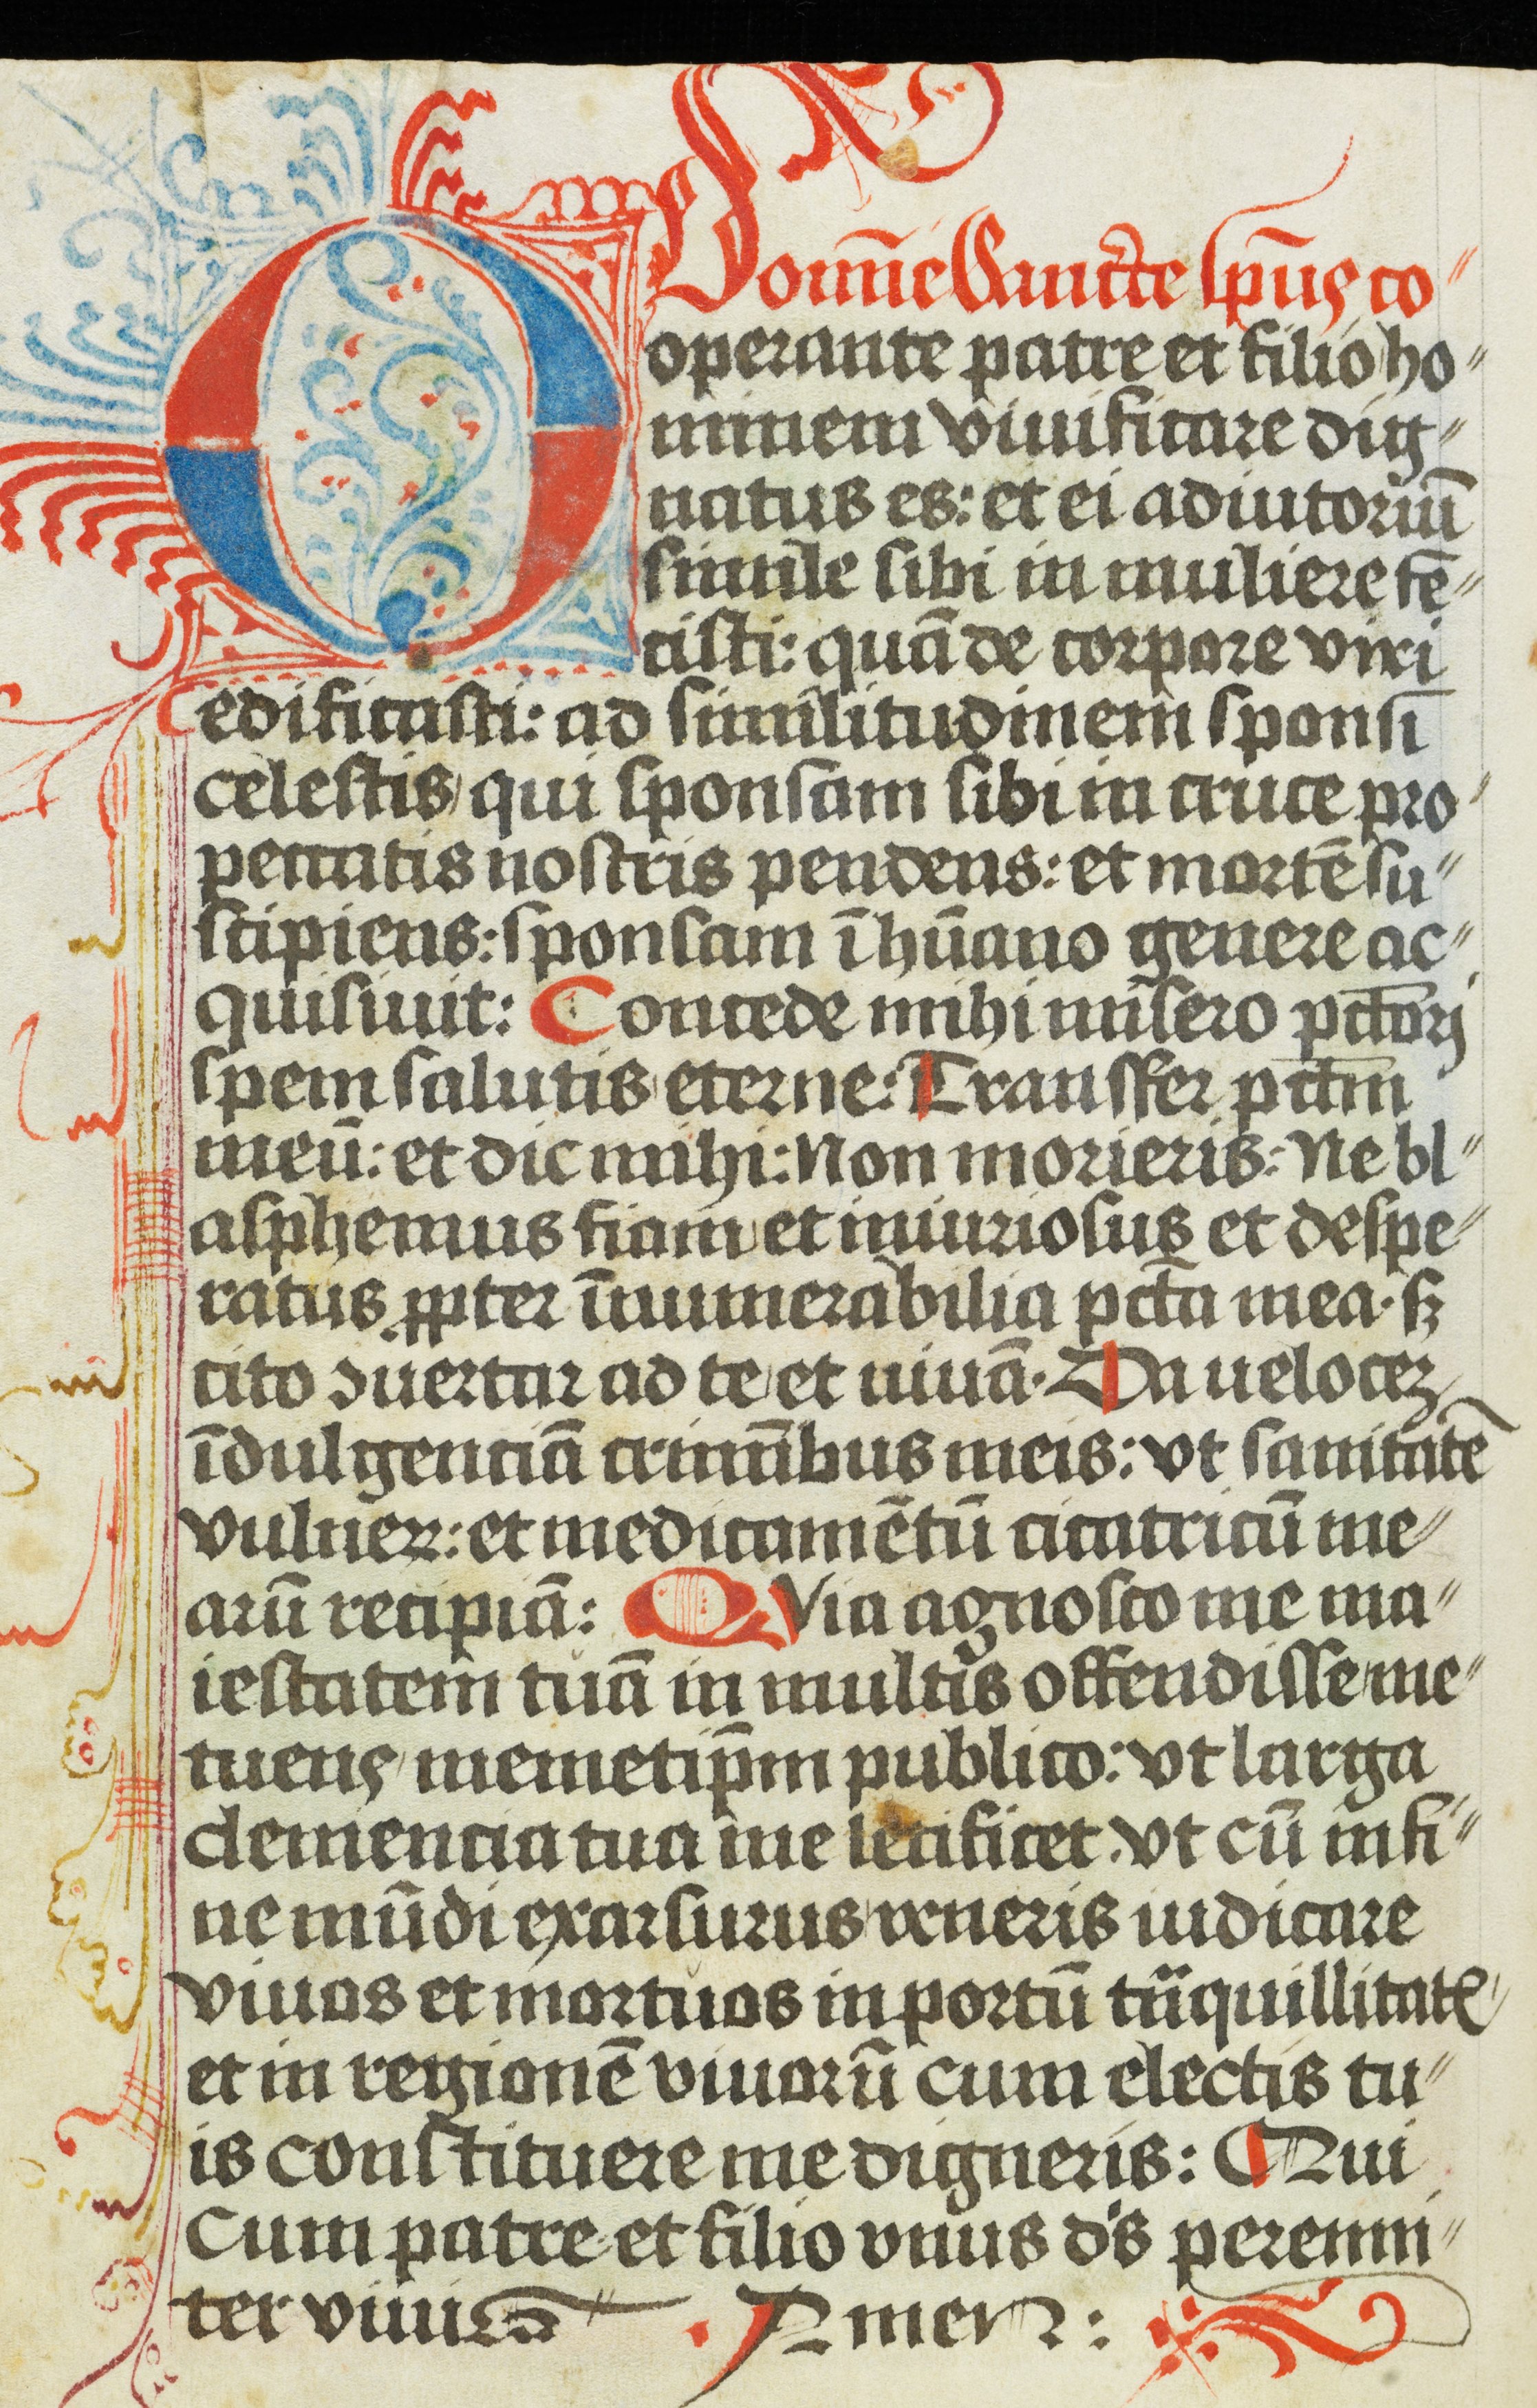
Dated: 1472–1472